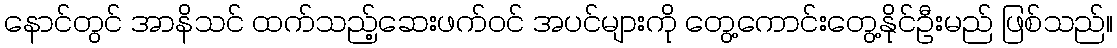
နောင်တွင် အာနိသင် ထက်သည့်ဆေးဖက်ဝင် အပင်များကို တွေ့ကောင်းတွေ့နိုင်ဦးမည် ဖြစ်သည်။